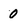
Character: 0